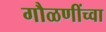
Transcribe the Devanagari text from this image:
गौळणींच्वा